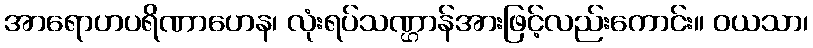
အာရောဟပရိဏာဟေန၊ လုံးရပ်သဏ္ဌာန်အားဖြင့်လည်းကောင်း။ ဝယသာ၊